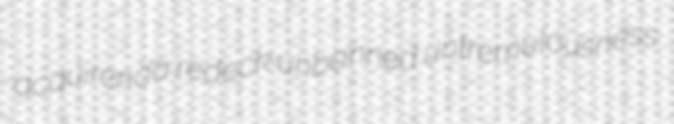
acquirenda redeck unbanned untremulousness